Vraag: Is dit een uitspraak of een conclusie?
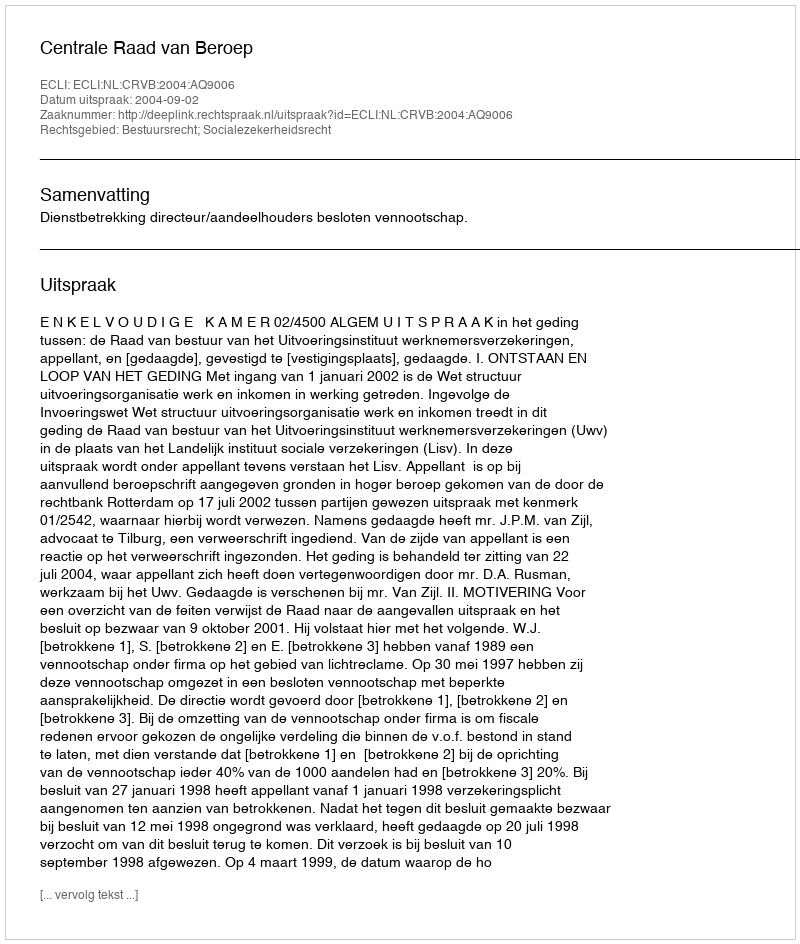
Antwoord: Uitspraak